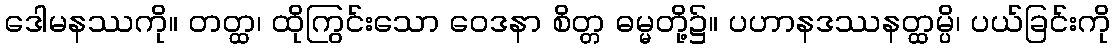
ဒေါမနဿကို။ တတ္ထ၊ ထိုကြွင်းသော ဝေဒနာ စိတ္တ ဓမ္မတို့၌။ ပဟာနဒဿနတ္ထမ္ပိ၊ ပယ်ခြင်းကို